Annual report on the working of the Harcourt Butler Institute of Public Health, Rangoon
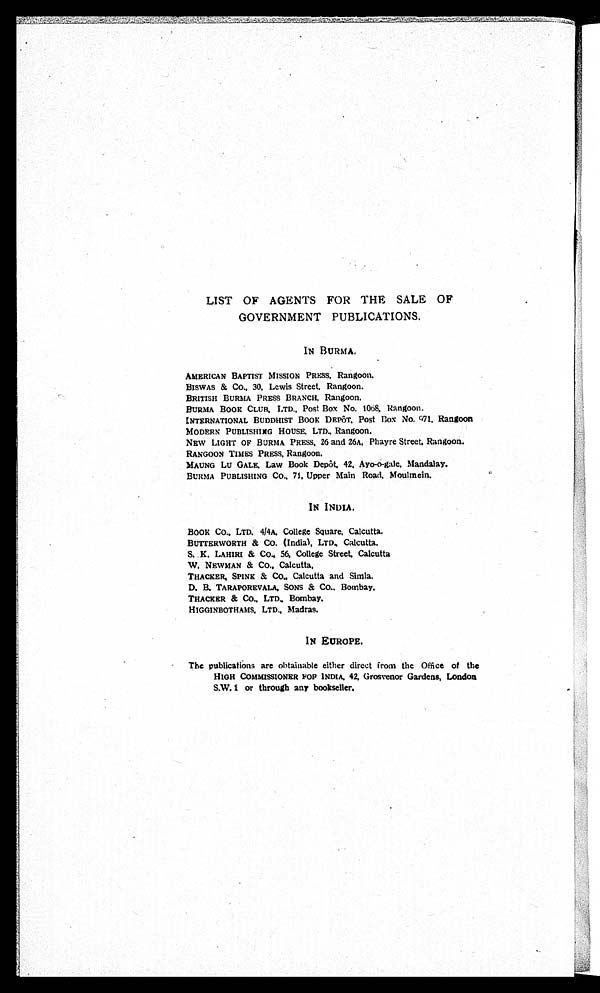
LIST OF AGENTS FOR THE SALE OF
GOVERNMENT PUBLICATIONS.
IN BURMA.
AMERICAN BAPTIST MISSION PRESS, Rangoon.
BISWAS & CO., 30, Lewis Street, Rangoon.
BRITISH BURMA PRESS BRANCH, Rangoon.
BURMA BOOK CLUB, LTD., Post Box No. 1068, Rangoon
.
INTERNATIONAL BUDDHIST BOOK DEPÔT, Post Box No. 971, Rangoon
.
MODERN PUBLISHING HOUSE, LTD., Rangoon.
NEW LIGHT OF BURMA PRESS, 26 and 26A, Phayre Street, Rangoon.
RANGOON TIMES PRESS, Rangoon.
MAUNG LU GALE, Law Book Depôt, 42, Ayo-o-gale, Mandalay.
BURMA PUBLISHING CO., 71, Upper Main Road, Moulmein.
IN INDIA.
BOOK CO., LTD, 4/4A, College Square, Calcutta.
BUTTERWORTH & CO. (Indi a), LTD. , Cal cut t a.
S. K. LAHIRI & CO., 56, College Street, Calcutta
.
W. NEWMAN & CO., Calcutta.
THACKER, SPINK & CO., Calcutta and Simla.
D. B. TARAPOREVALA, SONS & CO., Bombay.
T H A C K E R & C O . , L T D . , B o m b a y .
HIGGINBOTHAMS, LTD., Madras.
IN EUROPE.
The publications are obtainable either direct from the Office of the
HI GH COMMI SSI ONER FOR I NDI A, 4 2 , Gr o s v e n o r Ga r d e n s , Lo n d o n
S.W. 1 or through any bookseller.